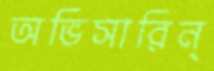
অভিসারিন্